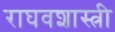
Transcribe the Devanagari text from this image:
राघवशास्त्री